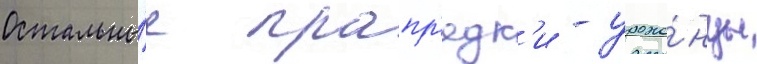
Остальны́е прапр'едк'и - уроже́нцы